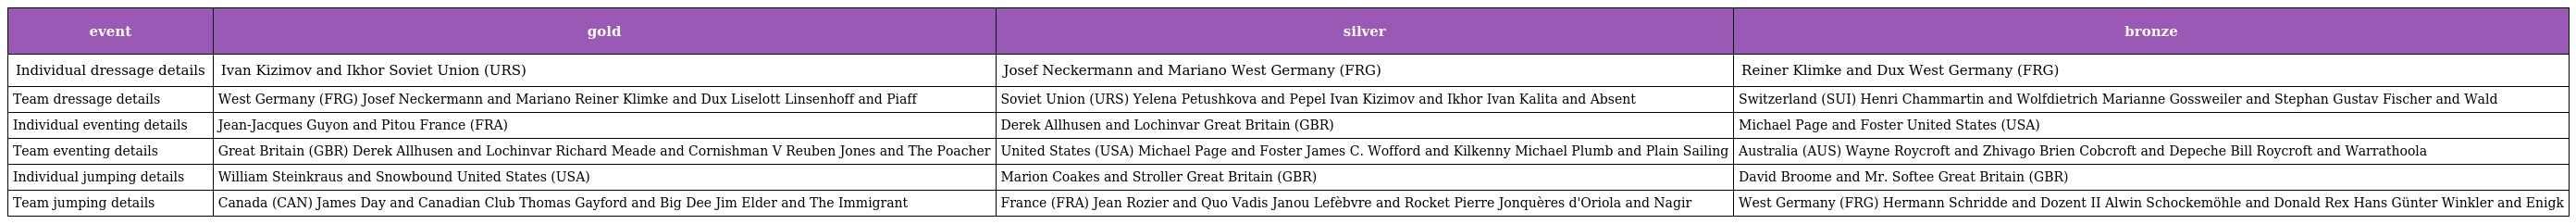
| event | gold | silver | bronze |
 | --- | --- | --- | --- |
 | Individual dressage details | Ivan Kizimov and Ikhor Soviet Union (URS) | Josef Neckermann and Mariano West Germany (FRG) | Reiner Klimke and Dux West Germany (FRG) |
 | Team dressage details | West Germany (FRG) Josef Neckermann and Mariano Reiner Klimke and Dux Liselott Linsenhoff and Piaff | Soviet Union (URS) Yelena Petushkova and Pepel Ivan Kizimov and Ikhor Ivan Kalita and Absent | Switzerland (SUI) Henri Chammartin and Wolfdietrich Marianne Gossweiler and Stephan Gustav Fischer and Wald |
 | Individual eventing details | Jean-Jacques Guyon and Pitou France (FRA) | Derek Allhusen and Lochinvar Great Britain (GBR) | Michael Page and Foster United States (USA) |
 | Team eventing details | Great Britain (GBR) Derek Allhusen and Lochinvar Richard Meade and Cornishman V Reuben Jones and The Poacher | United States (USA) Michael Page and Foster James C. Wofford and Kilkenny Michael Plumb and Plain Sailing | Australia (AUS) Wayne Roycroft and Zhivago Brien Cobcroft and Depeche Bill Roycroft and Warrathoola |
 | Individual jumping details | William Steinkraus and Snowbound United States (USA) | Marion Coakes and Stroller Great Britain (GBR) | David Broome and Mr. Softee Great Britain (GBR) |
 | Team jumping details | Canada (CAN) James Day and Canadian Club Thomas Gayford and Big Dee Jim Elder and The Immigrant | France (FRA) Jean Rozier and Quo Vadis Janou Lefèbvre and Rocket Pierre Jonquères d'Oriola and Nagir | West Germany (FRG) Hermann Schridde and Dozent II Alwin Schockemöhle and Donald Rex Hans Günter Winkler and Enigk |